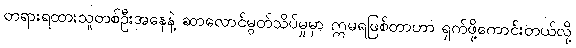
တရားရထားသူတစ်ဦးအနေနဲ့ ဆာလောင်မွတ်သိပ်မှုမှာ ဣမရဖြစ်တာဟာ ရှက်ဖို့ကောင်းတယ်လို့